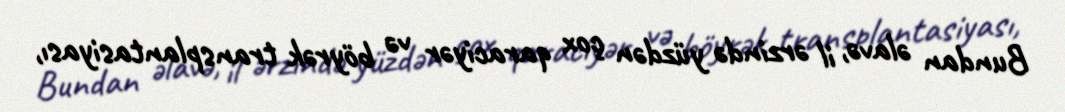
Bundan əlavə, il ərzində yüzdən çox qaraciyər və böyrək transplantasiyası,